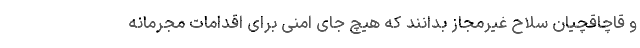
و قاچاقچیان سلاح غیرمجاز بدانند که هیچ جای امنی برای اقدامات مجرمانه